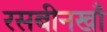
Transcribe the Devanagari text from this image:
रसबीनखाँ